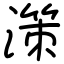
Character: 𣽤